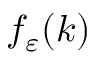
f _ { \varepsilon } ( k )